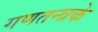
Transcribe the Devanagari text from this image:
गणतन्त्रके